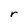
Character: r